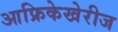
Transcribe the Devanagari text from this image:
आफ्रिकेखेरीज